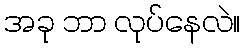
အခု ဘာ လုပ်နေလဲ။